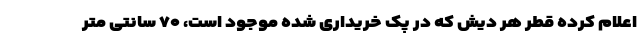
اعلام کرده قطر هر دیش که در پک خریداری شده موجود است، ۷۰ سانتی متر